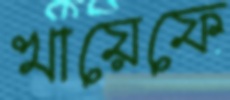
খায়েফে